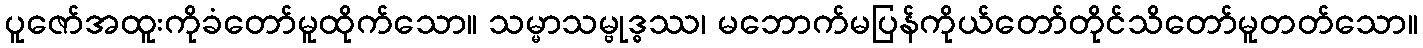
ပူဇော်အထူးကိုခံတော်မူထိုက်သော။ သမ္မာသမ္ဗုဒ္ဓဿ၊ မဘောက်မပြန်ကိုယ်တော်တိုင်သိတော်မူတတ်သော။